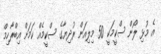
އެ މުޅި ލޯން ސްކީމަކީ 50 މިލިއަން ރުދިޔާގެ ސްކީމެއް ކަމަށް އިބްރާހިމް